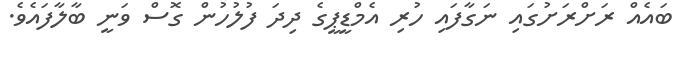
ބައެއް ރަށްރަށުގައި ނަގާފައި ހުރި އެމްޑީޕީގެ ދިދަ ފުލުހުން ގޮސް ވަނީ ބާލާފައެވެ.